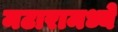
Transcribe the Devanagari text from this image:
मटारामध्ये